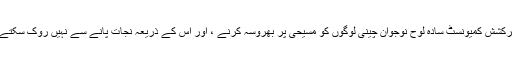
پُرکشش کمیونسٹ سادہ لوح نوجوان چینی لوگوں کو مسیحی پر بھروسہ کرنے ، اور اس کے ذریعہ نجات پانے سے نہیں روک سکتے!